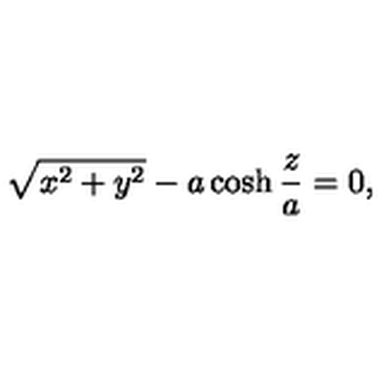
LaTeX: \sqrt { x ^ { 2 } + y ^ { 2 } } - a \cosh \frac { z } { a } = 0 ,